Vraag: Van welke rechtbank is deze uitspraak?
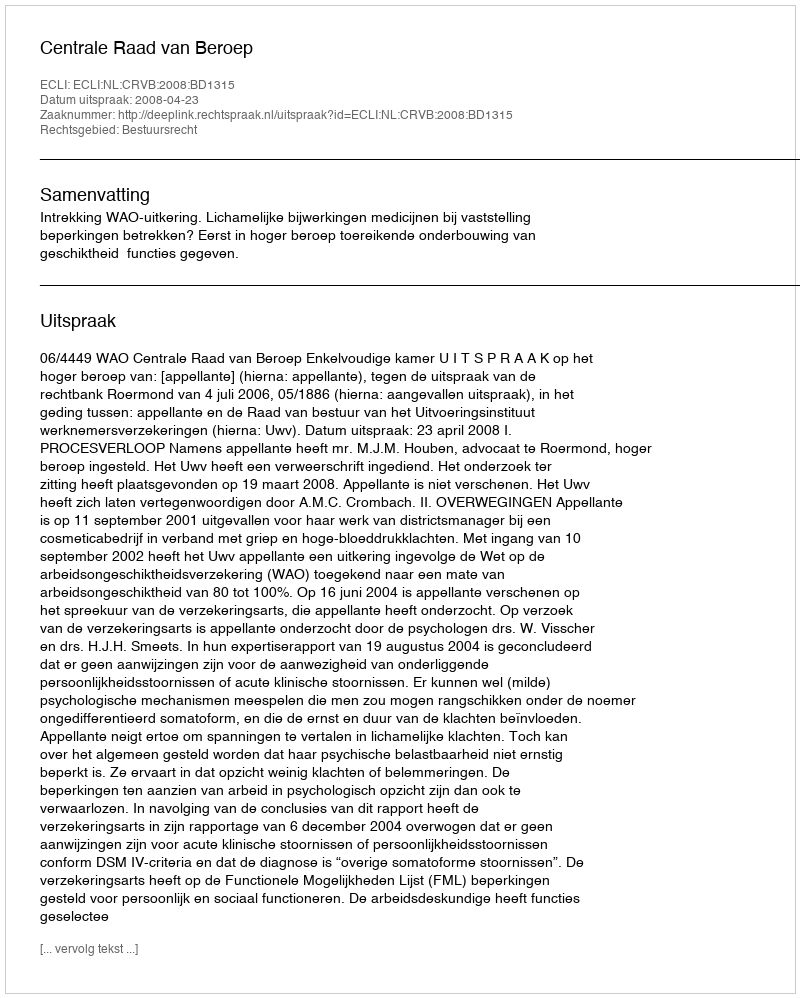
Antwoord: Centrale Raad van Beroep